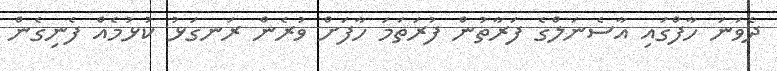
ދެވަނަ ހާފްގައި އާސެނަލްގެ ފަރާތުން ފުރަތަމަ ހާފަށް ވުރެން ރަނގަޅު ކުޅުމެެއް ފެނިގެން